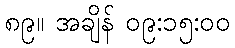
၈၉။ အချိန် ၀၉:၁၅:၀၀